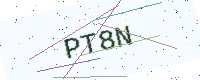
Text: PT8N